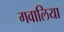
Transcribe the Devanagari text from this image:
गवालिया